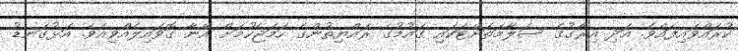
ކުރައްވައިފައެވެ. އަދި އިރާގުގެ ސަލާމަތަށްޓަކައި ގައުމުގެ ރައްޔިތުންގެ ހަމަޖެހުމަށް އޭނާ ގޮވައިލެއްވިއެވެ. އަޅުގަނޑު